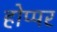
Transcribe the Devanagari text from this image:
होप्पर